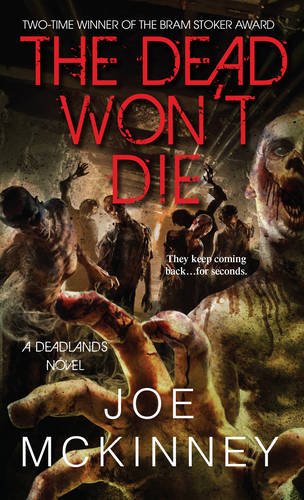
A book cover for The Dead Won't Die (Deadlands); Joe Mckinney; Science Fiction & Fantasy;